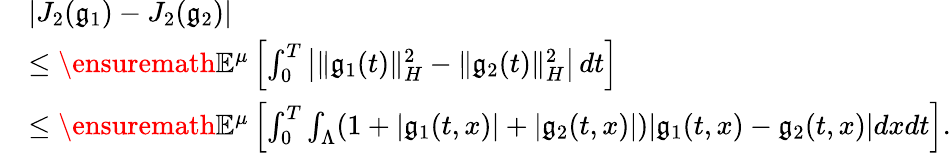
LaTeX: \begin{array}{rl}&{|J_{2}(\mathfrak{g}_{1})-J_{2}(\mathfrak{g}_{2})|}\\ &{\leq\ensuremath{{\mathbb E}}^{\mu}\left[\int_{0}^{T}\left|\| \mathfrak{g}_{1}(t)\| _{H}^{2}-\| \mathfrak{g}_{2}(t)\| _{H}^{2}\right|\, dt\right]}\\ &{\leq\ensuremath{{\mathbb E}}^{\mu}\left[\int_{0}^{T}\int_{\Lambda}(1+|\mathfrak{g}_{1}(t,x)|+|\mathfrak{g}_{2}(t,x)|)|\mathfrak{g}_{1}(t,x)-\mathfrak{g}_{2}(t,x)|dxdt\right].}\end{array}